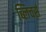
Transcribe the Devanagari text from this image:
ब्लिचर्स